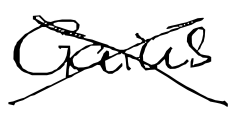
Text: Gaius
Cross-out: cross
Writing tool: digital_black